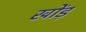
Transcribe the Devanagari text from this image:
खोंड़